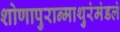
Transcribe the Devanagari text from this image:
शोणापुरान्माथुरंमंडलं